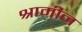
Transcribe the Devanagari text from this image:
श्रामीन